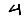
Digit: 4